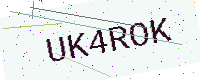
Text: UK4ROK